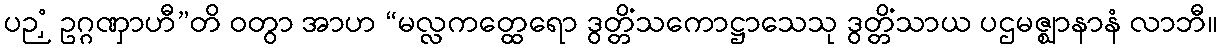
ပဉှံ ဥဂ္ဂဏှာဟီ”တိ ဝတွာ အာဟ “မလ္လကတ္ထေရော ဒွတ္တိံသကောဋ္ဌာသေသု ဒွတ္တိံသာယ ပဌမဇ္ဈာနာနံ လာဘီ။